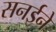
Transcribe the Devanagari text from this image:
सनईने